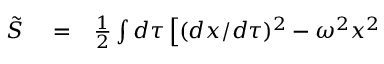
\begin{array} { r l r } { \tilde { S } } & { { } = } & { { \frac { 1 } { 2 } } \int d \tau \left[ ( d x / d \tau ) ^ { 2 } - \omega ^ { 2 } x ^ { 2 } \right. } \end{array}